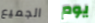
الجميع يوم